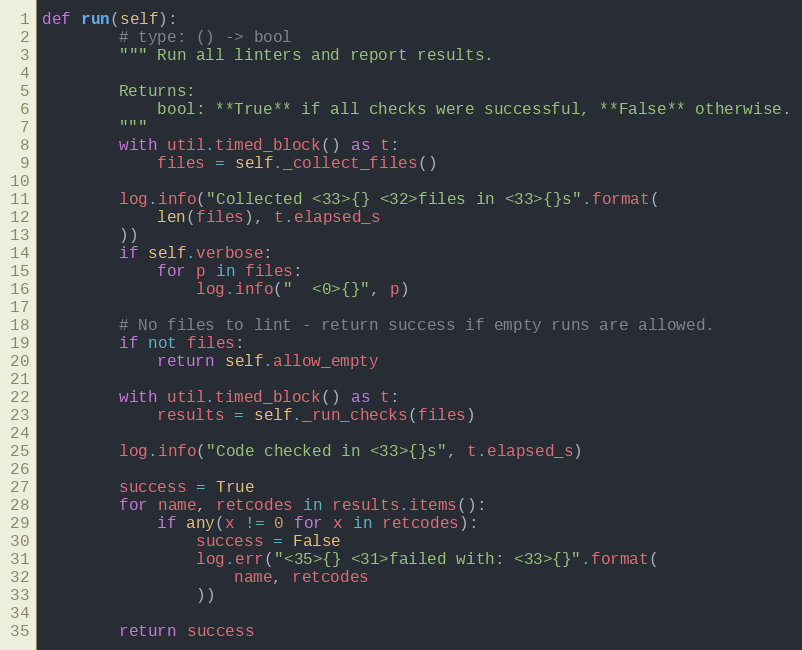
Language: Python
def run(self):
        # type: () -> bool
        """ Run all linters and report results.

        Returns:
            bool: **True** if all checks were successful, **False** otherwise.
        """
        with util.timed_block() as t:
            files = self._collect_files()

        log.info("Collected <33>{} <32>files in <33>{}s".format(
            len(files), t.elapsed_s
        ))
        if self.verbose:
            for p in files:
                log.info("  <0>{}", p)

        # No files to lint - return success if empty runs are allowed.
        if not files:
            return self.allow_empty

        with util.timed_block() as t:
            results = self._run_checks(files)

        log.info("Code checked in <33>{}s", t.elapsed_s)

        success = True
        for name, retcodes in results.items():
            if any(x != 0 for x in retcodes):
                success = False
                log.err("<35>{} <31>failed with: <33>{}".format(
                    name, retcodes
                ))

        return success